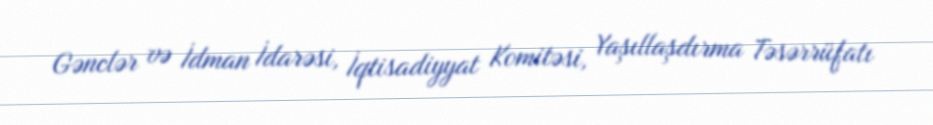
Gənclər və İdman İdarəsi, İqtisadiyyat Komitəsi, Yaşıllaşdırma Təsərrüfatı